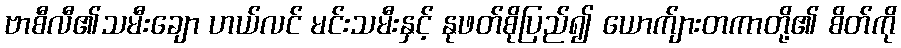
ဗာစီလီ၏သမီးချော ဟယ်လင် မင်းသမီးနှင့် နုဖတ်စိုပြည်၍ ယောက်ျားတကာတို့၏ စိတ်ကို